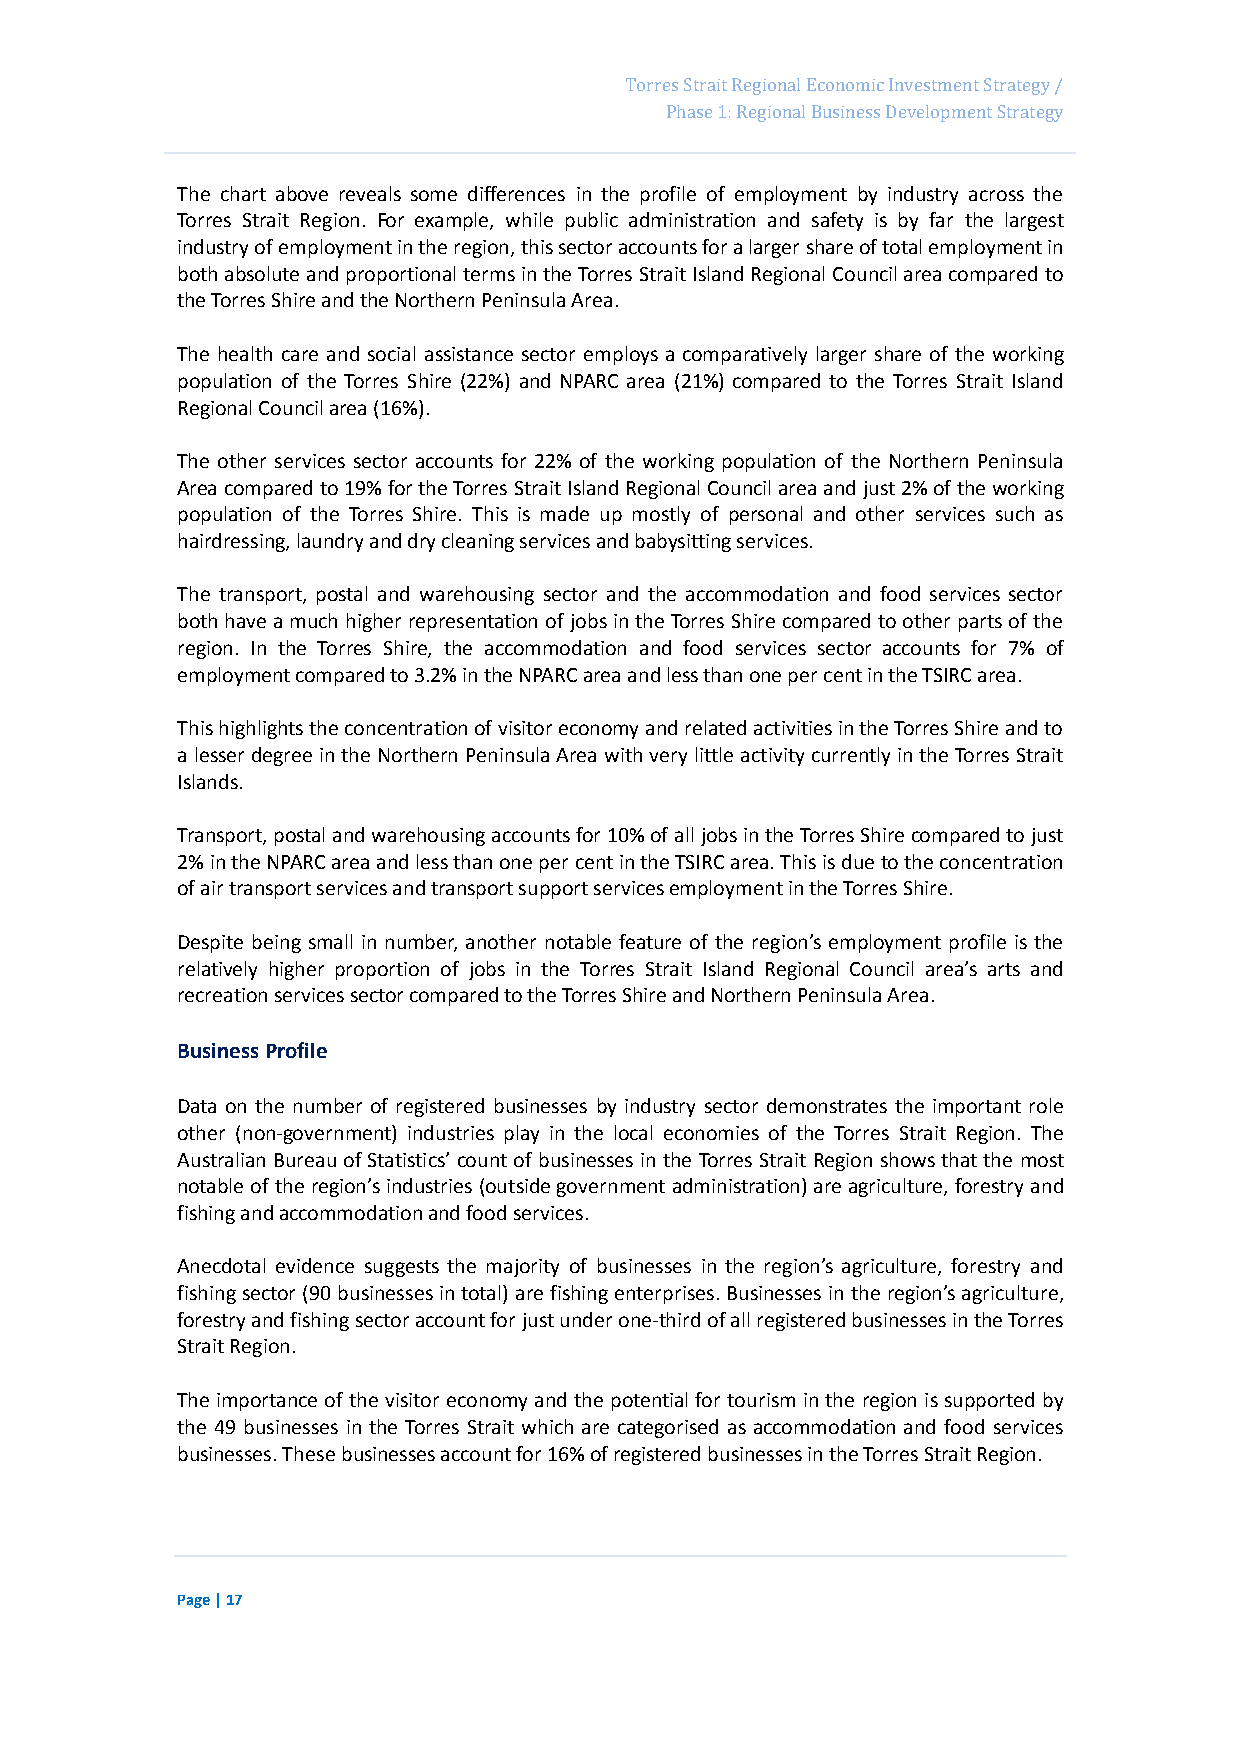
Page 33
 Torres Strait Regional Economic Investment Strategy /
 Phase 1: Regional Business Development Strategy
 The chart above reveals some differences in the profile of employment by industry across the
 Torres Strait Region. For example, while public administration and safety is by far the largest
 industry of employment in the region, this sector accounts for a larger share of total employment in
 both absolute and proportional terms in the Torres Strait Island Regional Council area compared to
 the Torres Shire and the Northern Peninsula Area.
 The health care and social assistance sector employs a comparatively larger share of the working
 population of the Torres Shire (22%) and NPARC area (21%) compared to the Torres Strait Island
 Regional Council area (16%).
 The other services sector accounts for 22% of the working population of the Northern Peninsula
 Area compared to 19% for the Torres Strait Island Regional Council area and just 2% of the working
 population of the Torres Shire. This is made up mostly of personal and other services such as
 hairdressing, laundry and dry cleaning services and babysitting services.
 The transport, postal and warehousing sector and the accommodation and food services sector
 both have a much higher representation of jobs in the Torres Shire compared to other parts of the
 region. In the Torres Shire, the accommodation and food services sector accounts for 7% of
 employment compared to 3.2% in the NPARC area and less than one per cent in the TSIRC area.
 This highlights the concentration of visitor economy and related activities in the Torres Shire and to
 a lesser degree in the Northern Peninsula Area with very little activity currently in the Torres Strait
 Islands.
 Transport, postal and warehousing accounts for 10% of all jobs in the Torres Shire compared to just
 2% in the NPARC area and less than one per cent in the TSIRC area. This is due to the concentration
 of air transport services and transport support services employment in the Torres Shire.
 Despite being small in number, another notable feature of the region’s employment profile is the
 relatively higher proportion of jobs in the Torres Strait Island Regional Council area’s arts and
 recreation services sector compared to the Torres Shire and Northern Peninsula Area.
 Business Profile
 Data on the number of registered businesses by industry sector demonstrates the important role
 other (non-government) industries play in the local economies of the Torres Strait Region. The
 Australian Bureau of Statistics’ count of businesses in the Torres Strait Region shows that the most
 notable of the region’s industries (outside government administration) are agriculture, forestry and
 fishing and accommodation and food services.
 Anecdotal evidence suggests the majority of businesses in the region’s agriculture, forestry and
 fishing sector (90 businesses in total) are fishing enterprises. Businesses in the region’s agriculture,
 forestry and fishing sector account for just under one-third of all registered businesses in the Torres
 Strait Region.
 The importance of the visitor economy and the potential for tourism in the region is supported by
 the 49 businesses in the Torres Strait which are categorised as accommodation and food services
 businesses. These businesses account for 16% of registered businesses in the Torres Strait Region.
 Page | 17